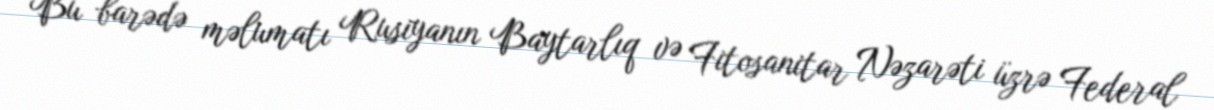
Bu barədə məlumatı Rusiyanın Baytarlıq və Fitosanitar Nəzarəti üzrə Federal